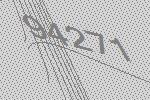
94271